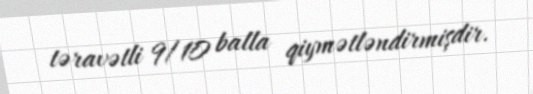
təravətli 9/10 balla qiymətləndirmişdir.